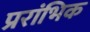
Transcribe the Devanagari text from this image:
प्ररांभिक